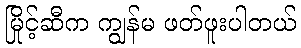
မြိုင့်ဆီက ကျွန်မ ဖတ်ဖူးပါတယ်